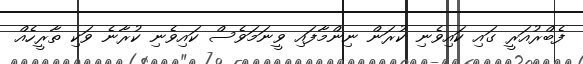
ފެބްރުއަރީ ގައި ކައިވެނި ކުރަން ނިންމާފައި ވީނަމަވެސް ކައިވެނި ކުރާނެ ވަކި ތާރީހެއް